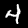
Digit: 4